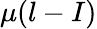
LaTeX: \mu(l-I)